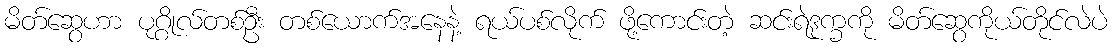
မိတ်ဆွေဟာ ပုဂ္ဂိုလ်တစ်ဦး တစ်ယောက်အနေနဲ့ ရယ်ပစ်လိုက် ဖို့ကောင်းတဲ့ ဆင်းရဲဒုက္ခကို မိတ်ဆွေကိုယ်တိုင်လဲပဲ